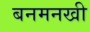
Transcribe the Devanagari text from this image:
बनमनखी